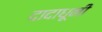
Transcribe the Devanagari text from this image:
दादाधूनी